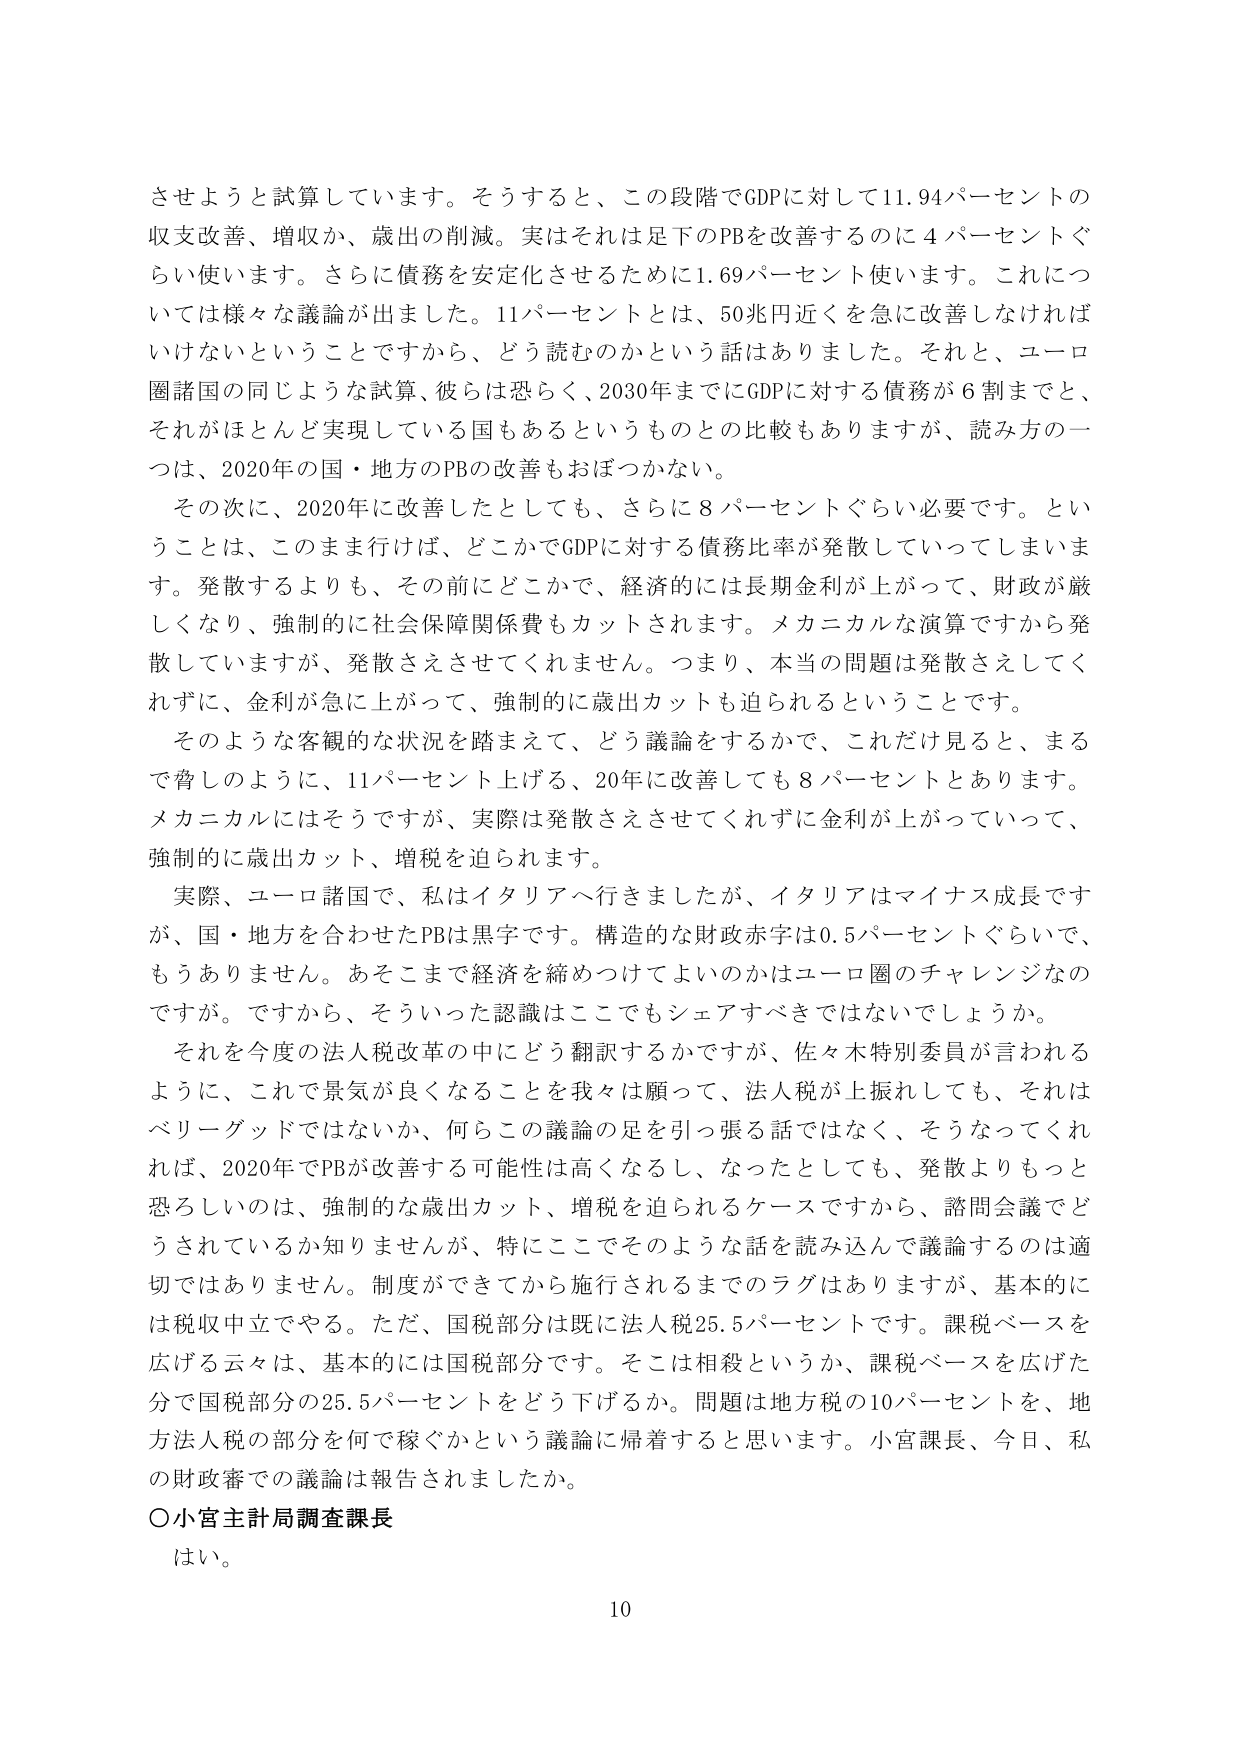
させようと試算しています。そうすると、この段階でGDPに対して11.94パーセントの収支改善、増収か、歳出の削減。実はそれは足下のPBを改善するのに4パーセントぐらい使います。さらに債務を安定化させるために1.69パーセント使います。これについては様々な議論が出ました。11パーセントとは、50兆円近くを急に改善しなければいけないということですから、どう読むのかという話がありました。それと、ユーロ圏諸国の同じような試算、彼らは恐らく、2030年までにGDPに対する債務が6割までと、それがほとんど実現している国もあるというもとの比較もありますが、読み方の一つは、2020年の国・地方のPBの改善もおぼつかない。

その次に、2020年に改善したとしても、さらに8パーセントぐらい必要です。ということは、このまま行けば、どこかでGDPに対する債務比率が発散していってしまいます。発散するよりも、その前にどこかで、経済的には長期金利が上がって、財政が厳しくなり、強制的に社会保障関係費もカットされます。メカニカルな演算ですから発散していますが、発散さえさせてくれません。つまり、本当の問題は発散さえしてくれずに、金利が急に上がって、強制的に歳出カットも迫られるということです。

そのような客観的な状況を踏まえて、どう議論をするかで、これだけ見ると、まるで脅しのように、11パーセント上げる、20年に改善しても8パーセントとあります。メカニカルにはそうですが、実際は発散さえさせてくれずに金利が上がっていって、強制的に歳出カット、増税を迫られます。

実際、ユーロ諸国で、私はイタリアへ行きましたが、イタリアはマイナス成長ですが、国・地方を合わせたPBは黒字です。構造的な財政赤字は0.5パーセントぐらいで、もうありません。あそこまで経済を締めつけてよいのかはユーロ圏のチャレンジなのですが。ですから、そういった認識はここでもシェアすべきではないでしょうか。

それを今度の法人税改革の中にどう翻訳するかですが、佐々木特別委員が言われるように、これで景気が良くなることを我々は願って、法人税が上振れしても、それはベリーグッドではないか、何らこの議論の足を引っ張る話ではなく、そうなってくれれば、2020年でPBが改善する可能性は高くなるし、なったとしても、発散よりもっと恐ろしいのは、強制的な歳出カット、増税を迫られるケースですから、諮問会議でどうされているか知りませんが、特にここでそのような話を読み込んで議論するのは適切ではありません。制度ができてから施行されるまでのラグはありますが、基本的には税収中立でやる。ただ、国税部分は既に法人税25.5パーセントです。課税ベースを広げる云々は、基本的には国税部分です。そこは相殺というか、課税ベースを広げた分で国税部分の25.5パーセントをどう下げるか。問題は地方税の10パーセントを、地方法人税の部分を何で稼ぐかという議論に帰着すると思います。小宮課長、今日、私の財政審での議論は報告されましたか。

○小宮主計局調査課長
はい。

10